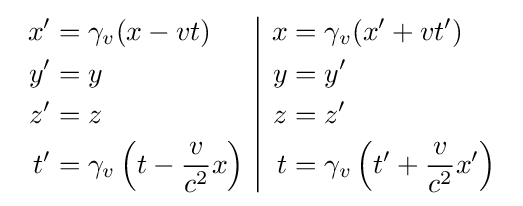
{\begin{array}{c|c}{\begin{aligned}x'&=\gamma _{v}(x-vt)\\y'&=y\\z'&=z\\t^{\prime }&=\gamma _{v}\left(t-{\frac {v}{c^{2}}}x\right)\end{aligned}}&{\begin{aligned}x&=\gamma _{v}(x'+vt')\\y&=y'\\z&=z'\\t&=\gamma _{v}\left(t'+{\frac {v}{c^{2}}}x'\right)\end{aligned}}\end{array}}